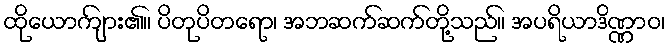
ထိုယောကျ်ား၏။ ပိတုပိတရော၊ အဘဆက်ဆက်တို့သည်။ အပရိယာဒိဏ္ဏာဝ၊